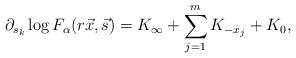
LaTeX: \begin{align*}\partial_{s_{k}} \log F_{\alpha}(r\vec{x},\vec{s})= K_{\infty} + \sum_{j=1}^{m}K_{-x_{j}} + K_{0},\end{align*}